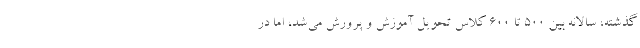
گذشته، سالانه بین ۵۰۰ تا ۶۰۰ کلاس تحویل آموزش و پرورش می‌شد، اما در